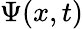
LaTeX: \Psi(x,t)